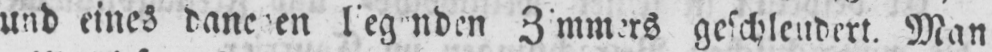
geschleudert. Man